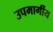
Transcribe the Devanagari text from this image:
उपमार्गीय